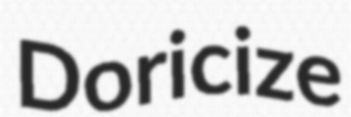
Doricize